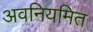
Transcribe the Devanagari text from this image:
अवनियमित